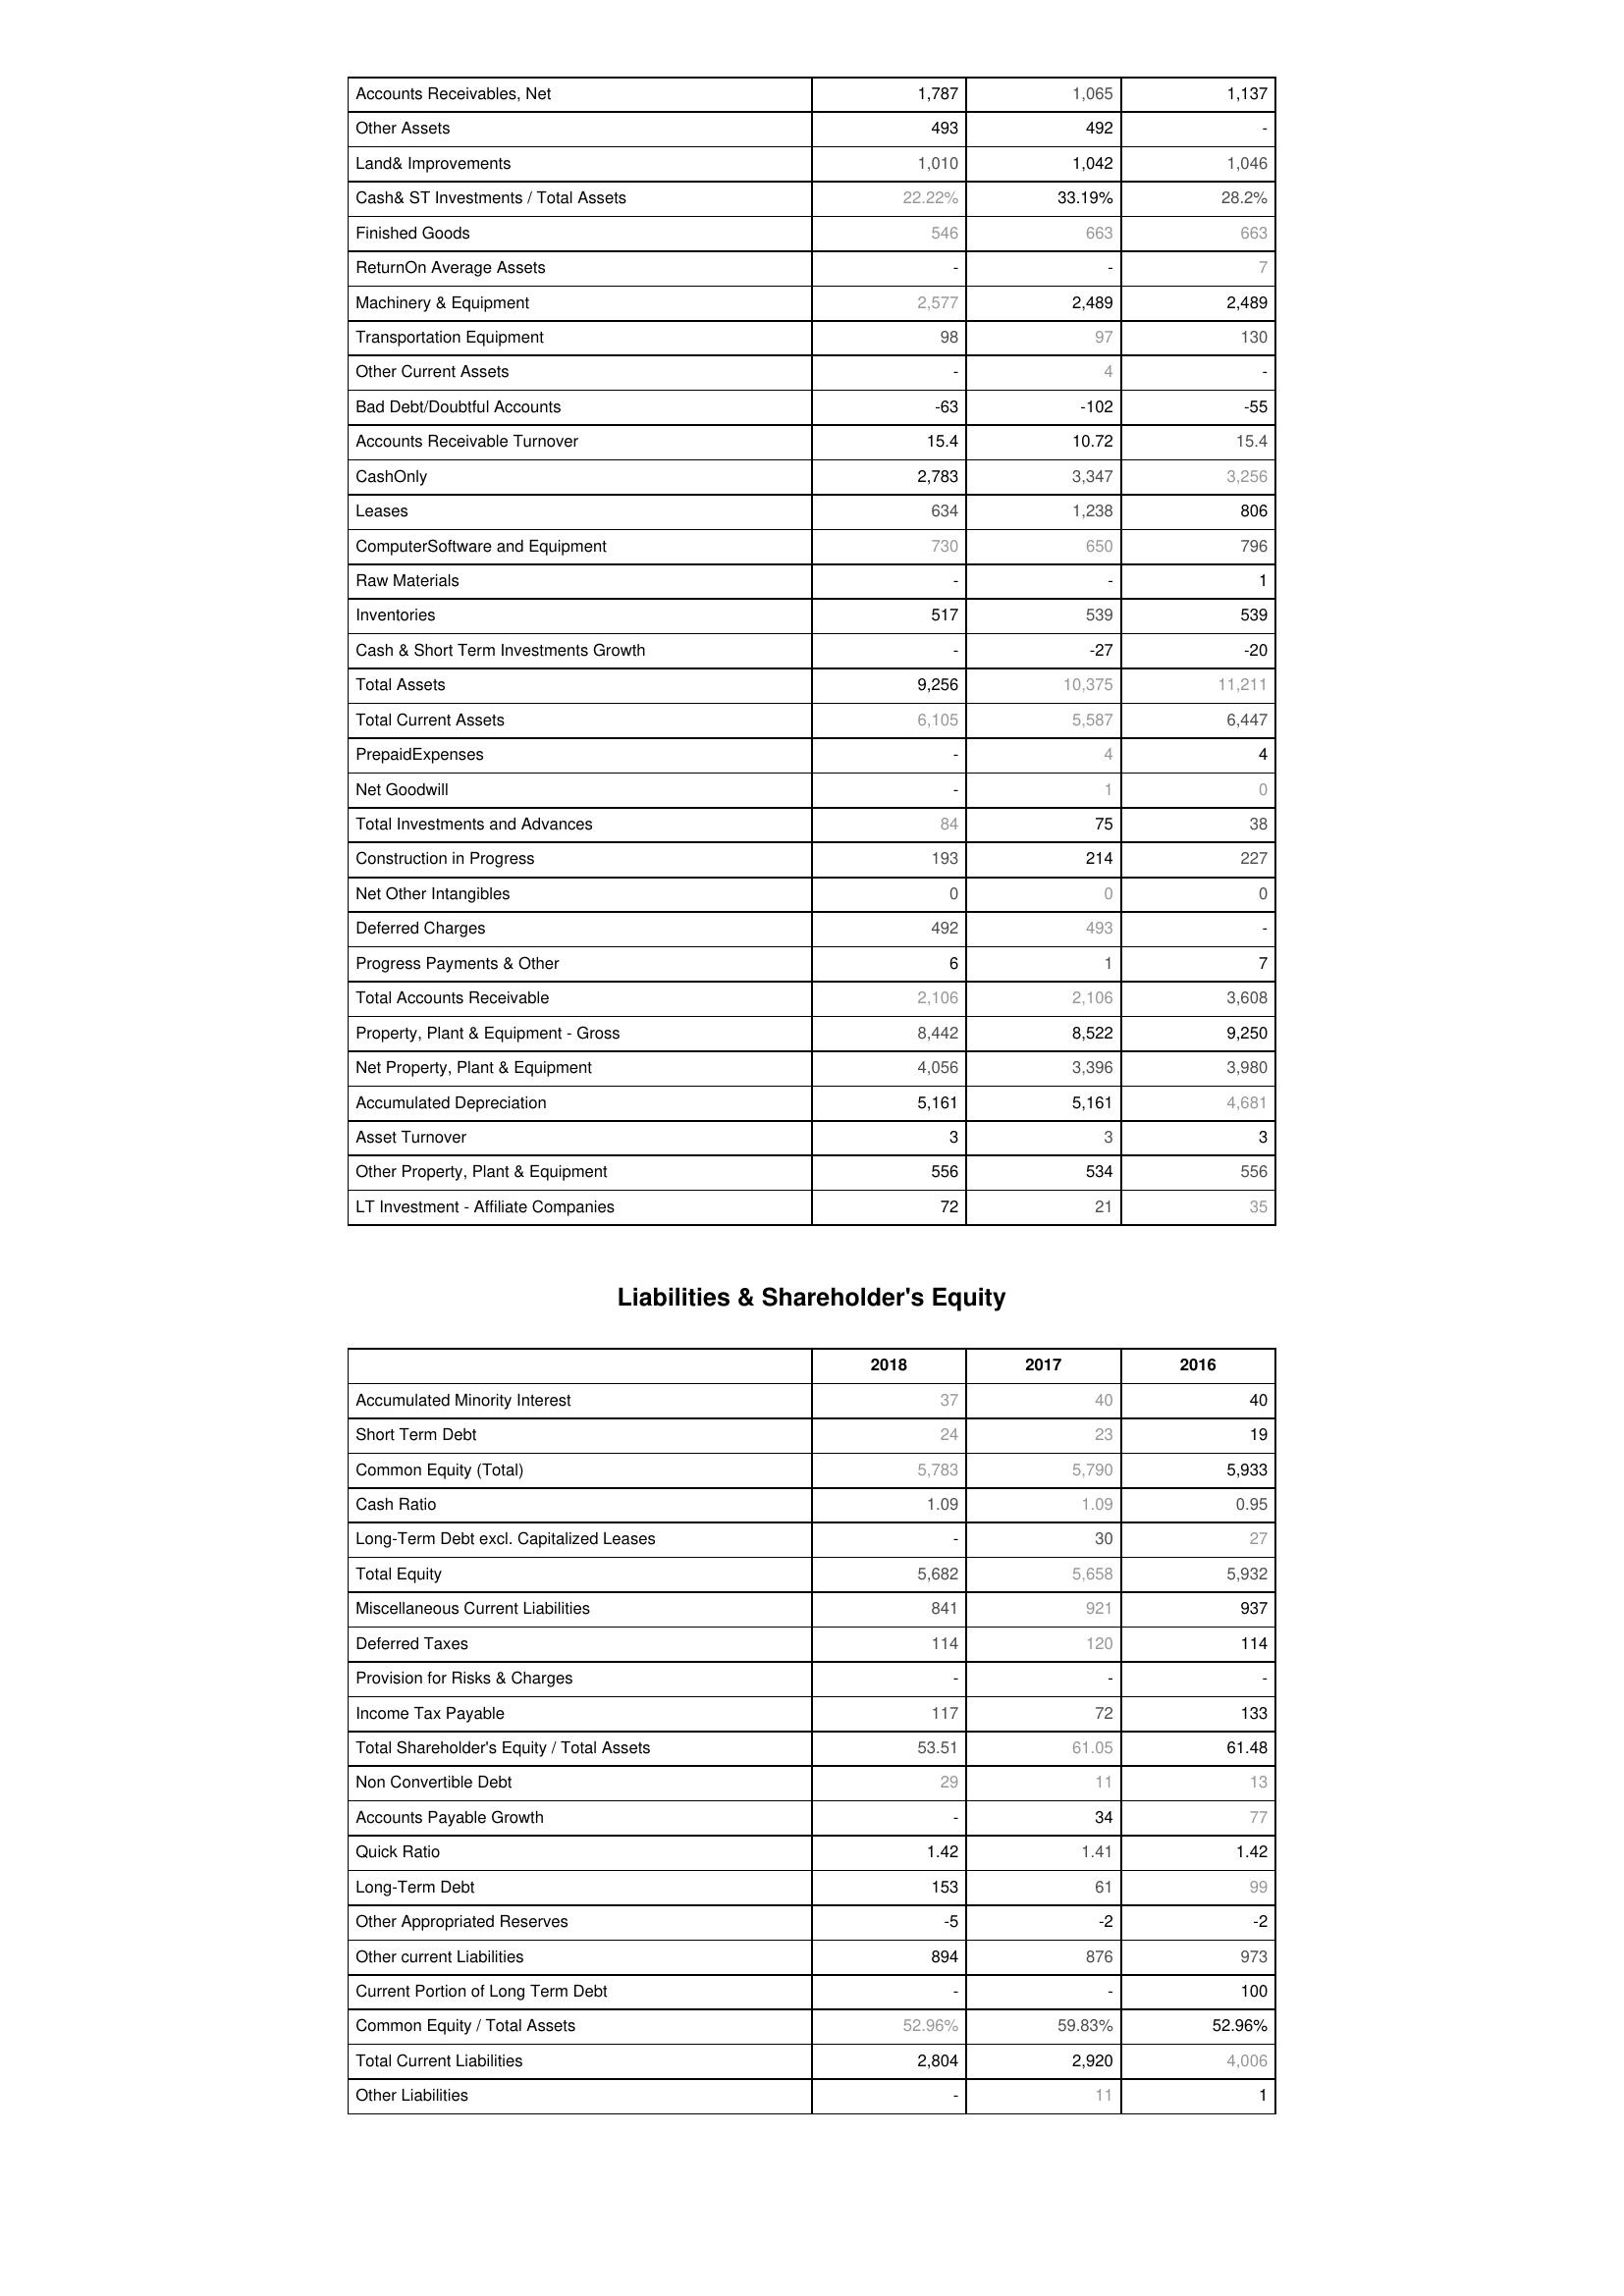
2018: Assets: Accounts Receivables, Net: 1,787
Other Assets: 493
Land& Improvements: 1,010
Cash& ST Investments / Total Assets: 22.22%
Finished Goods: 546
ReturnOn Average Assets: -
Machinery & Equipment: 2,577
Transportation Equipment: 98
Other Current Assets: -
Bad Debt/Doubtful Accounts: -63
Accounts Receivable Turnover: 15.4
CashOnly: 2,783
Leases: 634
ComputerSoftware and Equipment: 730
Raw Materials: -
Inventories: 517
Cash & Short Term Investments Growth: -
Total Assets: 9,256
Total Current Assets: 6,105
PrepaidExpenses: -
Net Goodwill: -
Total Investments and Advances: 84
Construction in Progress: 193
Net Other Intangibles: 0
Deferred Charges: 492
Progress Payments & Other: 6
Total Accounts Receivable: 2,106
Property, Plant & Equipment - Gross : 8,442
Net Property, Plant & Equipment: 4,056
Accumulated Depreciation: 5,161
Asset Turnover: 3
Other Property, Plant & Equipment: 556
LT Investment - Affiliate Companies: 72
Liabilities & Shareholder's Equity: Accumulated Minority Interest: 37
Short Term Debt: 24
Common Equity (Total): 5,783
Cash Ratio: 1.09
Long-Term Debt excl. Capitalized Leases: -
Total Equity: 5,682
Miscellaneous Current Liabilities: 841
Deferred Taxes: 114
Provision for Risks & Charges: -
Income Tax Payable: 117
Total Shareholder's Equity / Total Assets: 53.51
Non Convertible Debt: 29
Accounts Payable Growth: -
Quick Ratio: 1.42
Long-Term Debt: 153
Other Appropriated Reserves: -5
Other current Liabilities: 894
Current Portion of Long Term Debt: -
Common Equity / Total Assets: 52.96%
Total Current Liabilities: 2,804
Other Liabilities: -
2017: Assets: Accounts Receivables, Net: 1,065
Other Assets: 492
Land& Improvements: 1,042
Cash& ST Investments / Total Assets: 33.19%
Finished Goods: 663
ReturnOn Average Assets: -
Machinery & Equipment: 2,489
Transportation Equipment: 97
Other Current Assets: 4
Bad Debt/Doubtful Accounts: -102
Accounts Receivable Turnover: 10.72
CashOnly: 3,347
Leases: 1,238
ComputerSoftware and Equipment: 650
Raw Materials: -
Inventories: 539
Cash & Short Term Investments Growth: -27
Total Assets: 10,375
Total Current Assets: 5,587
PrepaidExpenses: 4
Net Goodwill: 1
Total Investments and Advances: 75
Construction in Progress: 214
Net Other Intangibles: 0
Deferred Charges: 493
Progress Payments & Other: 1
Total Accounts Receivable: 2,106
Property, Plant & Equipment - Gross : 8,522
Net Property, Plant & Equipment: 3,396
Accumulated Depreciation: 5,161
Asset Turnover: 3
Other Property, Plant & Equipment: 534
LT Investment - Affiliate Companies: 21
Liabilities & Shareholder's Equity: Accumulated Minority Interest: 40
Short Term Debt: 23
Common Equity (Total): 5,790
Cash Ratio: 1.09
Long-Term Debt excl. Capitalized Leases: 30
Total Equity: 5,658
Miscellaneous Current Liabilities: 921
Deferred Taxes: 120
Provision for Risks & Charges: -
Income Tax Payable: 72
Total Shareholder's Equity / Total Assets: 61.05
Non Convertible Debt: 11
Accounts Payable Growth: 34
Quick Ratio: 1.41
Long-Term Debt: 61
Other Appropriated Reserves: -2
Other current Liabilities: 876
Current Portion of Long Term Debt: -
Common Equity / Total Assets: 59.83%
Total Current Liabilities: 2,920
Other Liabilities: 11
2016: Assets: Accounts Receivables, Net: 1,137
Other Assets: -
Land& Improvements: 1,046
Cash& ST Investments / Total Assets: 28.2%
Finished Goods: 663
ReturnOn Average Assets: 7
Machinery & Equipment: 2,489
Transportation Equipment: 130
Other Current Assets: -
Bad Debt/Doubtful Accounts: -55
Accounts Receivable Turnover: 15.4
CashOnly: 3,256
Leases: 806
ComputerSoftware and Equipment: 796
Raw Materials: 1
Inventories: 539
Cash & Short Term Investments Growth: -20
Total Assets: 11,211
Total Current Assets: 6,447
PrepaidExpenses: 4
Net Goodwill: 0
Total Investments and Advances: 38
Construction in Progress: 227
Net Other Intangibles: 0
Deferred Charges: -
Progress Payments & Other: 7
Total Accounts Receivable: 3,608
Property, Plant & Equipment - Gross : 9,250
Net Property, Plant & Equipment: 3,980
Accumulated Depreciation: 4,681
Asset Turnover: 3
Other Property, Plant & Equipment: 556
LT Investment - Affiliate Companies: 35
Liabilities & Shareholder's Equity: Accumulated Minority Interest: 40
Short Term Debt: 19
Common Equity (Total): 5,933
Cash Ratio: 0.95
Long-Term Debt excl. Capitalized Leases: 27
Total Equity: 5,932
Miscellaneous Current Liabilities: 937
Deferred Taxes: 114
Provision for Risks & Charges: -
Income Tax Payable: 133
Total Shareholder's Equity / Total Assets: 61.48
Non Convertible Debt: 13
Accounts Payable Growth: 77
Quick Ratio: 1.42
Long-Term Debt: 99
Other Appropriated Reserves: -2
Other current Liabilities: 973
Current Portion of Long Term Debt: 100
Common Equity / Total Assets: 52.96%
Total Current Liabilities: 4,006
Other Liabilities: 1